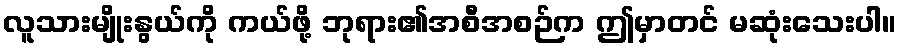
လူသားမျိုးနွယ်ကို ကယ်ဖို့ ဘုရား၏အစီအစဉ်က ဤမှာတင် မဆုံးသေးပါ။